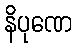
နိပုဏေ